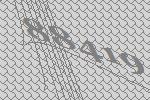
88419